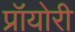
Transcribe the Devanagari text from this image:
प्रॉयोरी